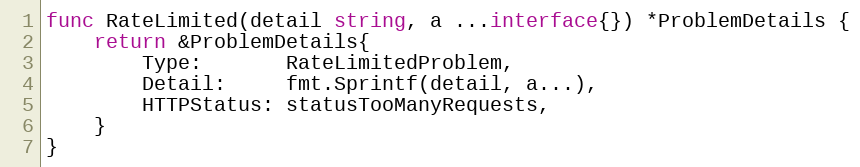
Language: Go
func RateLimited(detail string, a ...interface{}) *ProblemDetails {
	return &ProblemDetails{
		Type:       RateLimitedProblem,
		Detail:     fmt.Sprintf(detail, a...),
		HTTPStatus: statusTooManyRequests,
	}
}